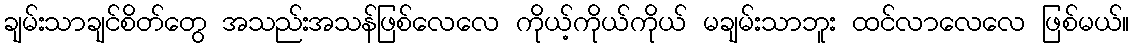
ချမ်းသာချင်စိတ်တွေ အသည်းအသန်ဖြစ်လေလေ ကိုယ့်ကိုယ်ကိုယ် မချမ်းသာဘူး ထင်လာလေလေ ဖြစ်မယ်။